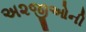
અ૨જીઓની